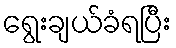
ရွေးချယ်ခံရပြီး